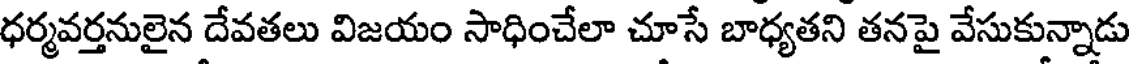
ధర్మవర్తనులైన దేవతలు విజయం సాధించేలా చూసే బాధ్యతని తనపై వేసుకున్నాడు